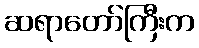
ဆရာတော်ကြီးက